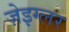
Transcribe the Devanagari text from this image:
ज़ेइग्लर